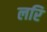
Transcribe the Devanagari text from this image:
लरि